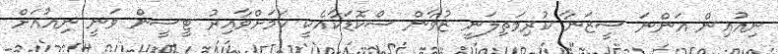
ނިއުއިން އަންނަ ސީޒަނާ ކުރިމަތިލަނީ ޒުވާން ސްކޮޑަކާއެކީ ކަމަށްވާއިރު ޓީސީން ވަނީ ނިއުއަށް